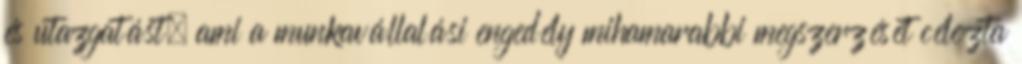
és utazgatást, ami a munkavállalási engedély mihamarabbi megszerzését célozta